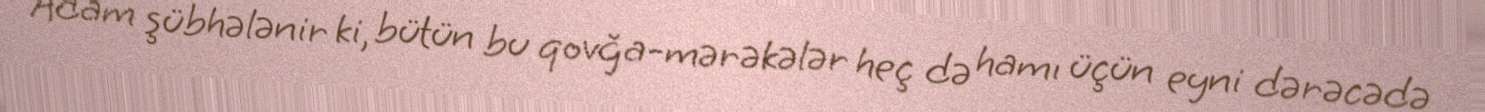
Adam şübhələnir ki, bütün bu qovğa-mərəkələr heç də hamı üçün eyni dərəcədə